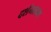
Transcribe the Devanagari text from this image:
दर्शनलाभ